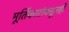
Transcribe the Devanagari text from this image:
मूर्तिकारांकडूनही